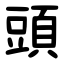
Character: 頭